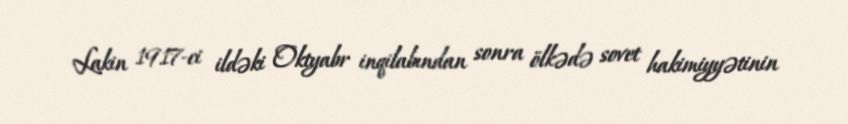
Lakin 1917-ci ildəki Oktyabr inqilabından sonra ölkədə sovet hakimiyyətinin